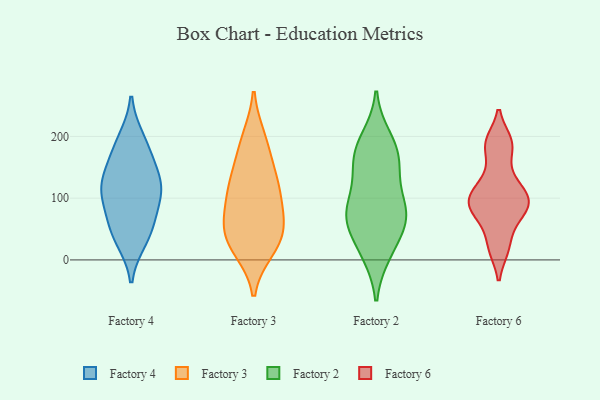
{"axis": {"x": "LTV (USD)", "y": "Value"}, "legend": ["Factory 2", "Factory 3", "Factory 4", "Factory 6"], "data": [{"x": "", "y": 178, "type": "Factory 4"}, {"x": "", "y": 106, "type": "Factory 4"}, {"x": "", "y": 54, "type": "Factory 4"}, {"x": "", "y": 51, "type": "Factory 4"}, {"x": "", "y": 118, "type": "Factory 4"}, {"x": "", "y": 108, "type": "Factory 4"}, {"x": "", "y": 35, "type": "Factory 4"}, {"x": "", "y": 118, "type": "Factory 4"}, {"x": "", "y": 193, "type": "Factory 4"}, {"x": "", "y": 149, "type": "Factory 4"}, {"x": "", "y": 85, "type": "Factory 3"}, {"x": "", "y": 18, "type": "Factory 3"}, {"x": "", "y": 128, "type": "Factory 3"}, {"x": "", "y": 115, "type": "Factory 3"}, {"x": "", "y": 29, "type": "Factory 3"}, {"x": "", "y": 111, "type": "Factory 3"}, {"x": "", "y": 46, "type": "Factory 3"}, {"x": "", "y": 56, "type": "Factory 3"}, {"x": "", "y": 196, "type": "Factory 3"}, {"x": "", "y": 25, "type": "Factory 3"}, {"x": "", "y": 188, "type": "Factory 3"}, {"x": "", "y": 66, "type": "Factory 3"}, {"x": "", "y": 146, "type": "Factory 3"}, {"x": "", "y": 158, "type": "Factory 2"}, {"x": "", "y": 44, "type": "Factory 2"}, {"x": "", "y": 79, "type": "Factory 2"}, {"x": "", "y": 11, "type": "Factory 2"}, {"x": "", "y": 63, "type": "Factory 2"}, {"x": "", "y": 87, "type": "Factory 2"}, {"x": "", "y": 197, "type": "Factory 2"}, {"x": "", "y": 65, "type": "Factory 2"}, {"x": "", "y": 183, "type": "Factory 2"}, {"x": "", "y": 147, "type": "Factory 2"}, {"x": "", "y": 178, "type": "Factory 2"}, {"x": "", "y": 139, "type": "Factory 2"}, {"x": "", "y": 10, "type": "Factory 2"}, {"x": "", "y": 90, "type": "Factory 2"}, {"x": "", "y": 73, "type": "Factory 2"}, {"x": "", "y": 89, "type": "Factory 6"}, {"x": "", "y": 185, "type": "Factory 6"}, {"x": "", "y": 109, "type": "Factory 6"}, {"x": "", "y": 190, "type": "Factory 6"}, {"x": "", "y": 87, "type": "Factory 6"}, {"x": "", "y": 79, "type": "Factory 6"}, {"x": "", "y": 117, "type": "Factory 6"}, {"x": "", "y": 20, "type": "Factory 6"}, {"x": "", "y": 98, "type": "Factory 6"}, {"x": "", "y": 136, "type": "Factory 6"}, {"x": "", "y": 20, "type": "Factory 6"}, {"x": "", "y": 91, "type": "Factory 6"}, {"x": "", "y": 60, "type": "Factory 6"}, {"x": "", "y": 187, "type": "Factory 6"}]}